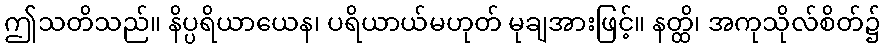
ဤသတိသည်။ နိပ္ပရိယာယေန၊ ပရိယာယ်မဟုတ် မုချအားဖြင့်။ နတ္ထိ၊ အကုသိုလ်စိတ်၌